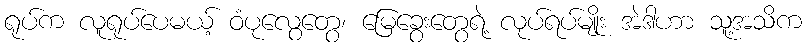
ရုပ်က လူရုပ်ပေမယ့် ဝံပုလွေတွေ၊ မြေခွေးတွေရဲ့ လုပ်ရပ်မျိုး အဲဒါဟာ သူ့အသိက